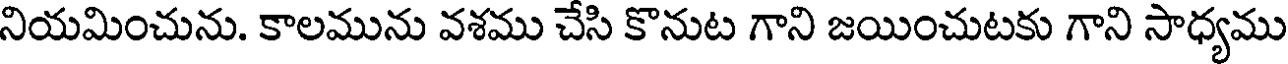
నియమించును. కాలమును వశము చేసి కొనుట గాని జయించుటకు గాని సాధ్యము